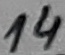
Text: 14